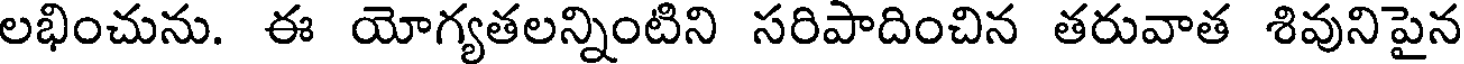
లభించును. ఈ యోగ్యతలన్నింటిని సరిపాదించిన తరువాత శివునిపైన